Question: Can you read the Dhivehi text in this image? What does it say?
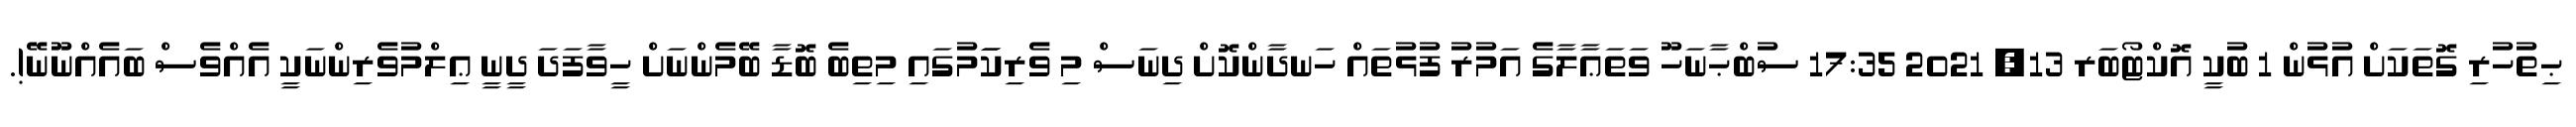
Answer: ޙިތުހުރި ގޮތަކަށް އުޅުން 1 ބުކީ އޮކްޓޯބަރ 13, 2021 17:35 ސުބްޙާނަހޫ ވަތަޢާލާގެ އަމުރު ފުޅުތައް ހަނދާންކޮށް ދިނަސް މި ވެރިކަަމުގައި މިތިބެ ބޮޑާ ބޭމެންނަށް ހީވާފަދަ ދީނީ ޢިލްމުވެރިންނަކީ އެއްވެސް ބައެއްނޫނޭ!.